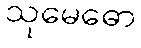
သုမေဓော